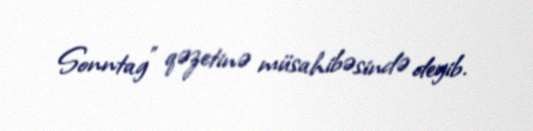
Sonntag" qəzetinə müsahibəsində deyib.